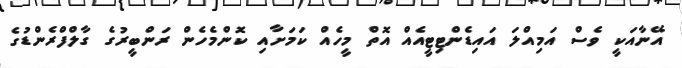
އޭނާއަކީ ވެސް އަމިއްލަ އައިޑެންޓިޓީއެއް އޮތް މީހެއް ކަމަށާއި ކޮންމެހެން ރަންބީރުގެ ގާލްފްރެންޑުގެ